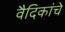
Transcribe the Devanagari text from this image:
वैदिकांचे